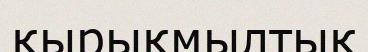
қырықмылтық